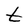
Character: t